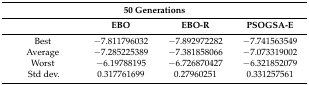
| <COLSPAN=4> 50 Generations |
 |  | EBO | EBO-R | PSOGSA-E |
 | --- | --- | --- | --- |
 | Best | −7.811796032 | −7.892972282 | −7.741563549 |
 | Average | −7.285225389 | −7.381858066 | −7.073319002 |
 | Worst | −6.19788195 | −6.726870427 | −6.321852079 |
 | Std dev. | 0.317761699 | 0.27960251 | 0.331257561 |